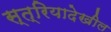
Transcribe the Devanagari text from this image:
स्त्रियादेखील